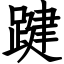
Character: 踺